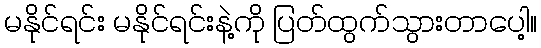
မနိုင်ရင်း မနိုင်ရင်းနဲ့ကို ပြတ်ထွက်သွားတာပေါ့။